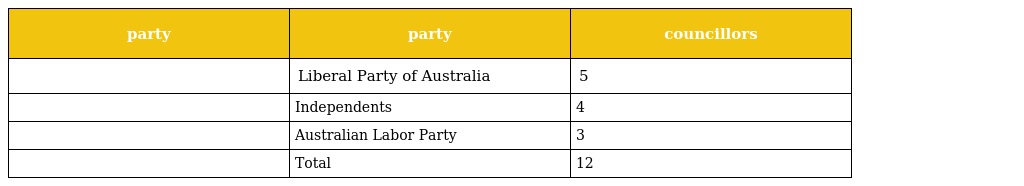
| party | party | councillors |
 | --- | --- | --- |
 |  | Liberal Party of Australia | 5 |
 |  | Independents | 4 |
 |  | Australian Labor Party | 3 |
 |  | Total | 12 |